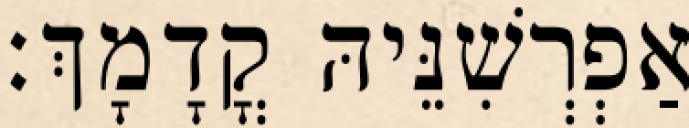
אַפְרְשִׁנֵּיהּ קֳדָמָךְ׃